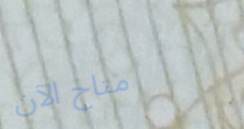
متاح الآن